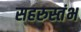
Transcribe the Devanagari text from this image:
सहरुस्तंभ